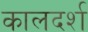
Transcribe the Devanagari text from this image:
कालदर्श